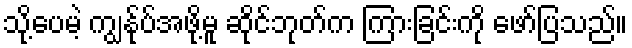
သို့ပေမဲ့ ကျွန်ုပ်အဖို့မူ ဆိုင်ဘုတ်က ကြားခြင်းကို ဖော်ပြသည်။